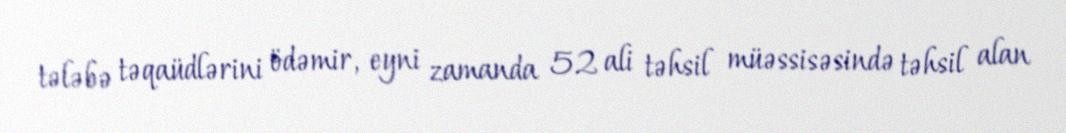
tələbə təqaüdlərini ödəmir, eyni zamanda 52 ali təhsil müəssisəsində təhsil alan